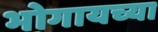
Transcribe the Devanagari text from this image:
भोगायच्या